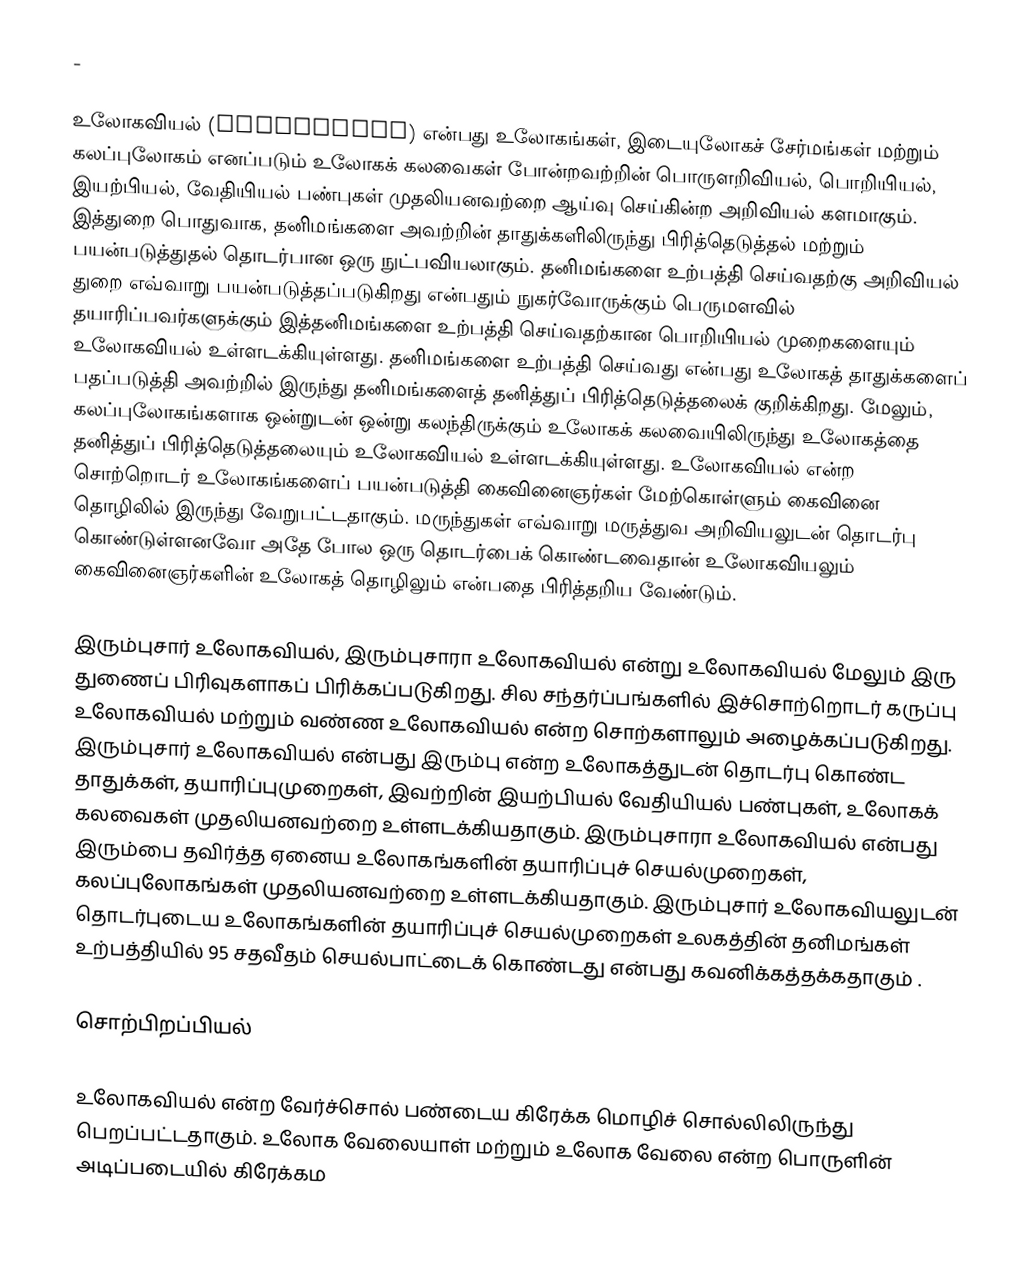
-

உலோகவியல் (metallurgy) என்பது உலோகங்கள், இடையுலோகச் சேர்மங்கள் மற்றும் கலப்புலோகம் எனப்படும் உலோகக் கலவைகள் போன்றவற்றின் பொருளறிவியல், பொறியியல்,   இயற்பியல், வேதியியல் பண்புகள் முதலியனவற்றை ஆய்வு செய்கின்ற அறிவியல் களமாகும்.  இத்துறை பொதுவாக, தனிமங்களை அவற்றின் தாதுக்களிலிருந்து பிரித்தெடுத்தல் மற்றும் பயன்படுத்துதல் தொடர்பான ஒரு  நுட்பவியலாகும். தனிமங்களை உற்பத்தி செய்வதற்கு அறிவியல் துறை எவ்வாறு பயன்படுத்தப்படுகிறது என்பதும் நுகர்வோருக்கும் பெருமளவில் தயாரிப்பவர்களுக்கும் இத்தனிமங்களை உற்பத்தி செய்வதற்கான பொறியியல் முறைகளையும் உலோகவியல் உள்ளடக்கியுள்ளது. தனிமங்களை உற்பத்தி செய்வது என்பது உலோகத் தாதுக்களைப் பதப்படுத்தி அவற்றில் இருந்து தனிமங்களைத் தனித்துப் பிரித்தெடுத்தலைக் குறிக்கிறது. மேலும், கலப்புலோகங்களாக ஒன்றுடன் ஒன்று கலந்திருக்கும் உலோகக் கலவையிலிருந்து உலோகத்தை தனித்துப் பிரித்தெடுத்தலையும் உலோகவியல் உள்ளடக்கியுள்ளது. உலோகவியல் என்ற சொற்றொடர் உலோகங்களைப் பயன்படுத்தி கைவினைஞர்கள் மேற்கொள்ளும் கைவினை தொழிலில் இருந்து வேறுபட்டதாகும். மருந்துகள் எவ்வாறு மருத்துவ அறிவியலுடன் தொடர்பு கொண்டுள்ளனவோ அதே போல ஒரு தொடர்பைக் கொண்டவைதான் உலோகவியலும் கைவினைஞர்களின் உலோகத் தொழிலும் என்பதை பிரித்தறிய வேண்டும்.

இரும்புசார் உலோகவியல், இரும்புசாரா உலோகவியல் என்று உலோகவியல் மேலும் இரு துணைப் பிரிவுகளாகப் பிரிக்கப்படுகிறது. சில சந்தர்ப்பங்களில் இச்சொற்றொடர் கருப்பு உலோகவியல் மற்றும் வண்ண உலோகவியல் என்ற சொற்களாலும் அழைக்கப்படுகிறது. இரும்புசார் உலோகவியல் என்பது இரும்பு என்ற உலோகத்துடன் தொடர்பு கொண்ட தாதுக்கள், தயாரிப்புமுறைகள், இவற்றின் இயற்பியல் வேதியியல் பண்புகள், உலோகக் கலவைகள் முதலியனவற்றை உள்ளடக்கியதாகும். இரும்புசாரா உலோகவியல் என்பது இரும்பை தவிர்த்த ஏனைய உலோகங்களின் தயாரிப்புச் செயல்முறைகள், கலப்புலோகங்கள் முதலியனவற்றை உள்ளடக்கியதாகும். இரும்புசார் உலோகவியலுடன் தொடர்புடைய உலோகங்களின் தயாரிப்புச் செயல்முறைகள் உலகத்தின் தனிமங்கள் உற்பத்தியில் 95 சதவீதம் செயல்பாட்டைக் கொண்டது என்பது கவனிக்கத்தக்கதாகும் .

சொற்பிறப்பியல்

உலோகவியல் என்ற வேர்ச்சொல் பண்டைய கிரேக்க மொழிச் சொல்லிலிருந்து பெறப்பட்டதாகும். உலோக வேலையாள் மற்றும் உலோக வேலை என்ற பொருளின் அடிப்படையில் கிரேக்கம